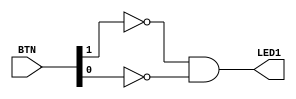
module top
    (
        output LED1,
        input [0:1] BTN
    );
    
    // Invert button and assign the value to the LED
    assign LED1 = ~BTN[0] & ~BTN[1];
endmodule